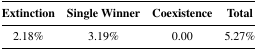
| Extinction | Single Winner | Coexistence | Total |
 | --- | --- | --- | --- |
 | 2.18% | 3.19% | 0.00 | 5.27% |